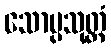
သောပ္ပသုတ္တံ